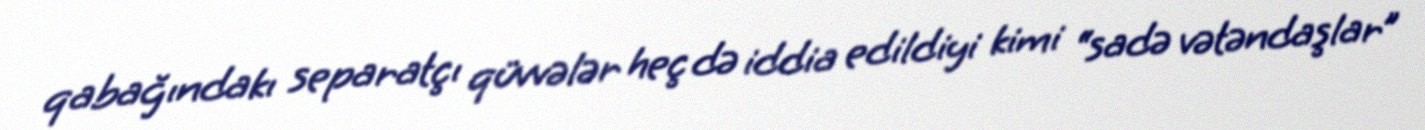
qabağındakı separatçı qüvvələr heç də iddia edildiyi kimi “sadə vətəndaşlar”